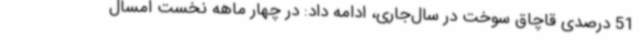
51 درصدی قاچاق سوخت در سال‌جاری، ادامه داد: در چهار ماهه نخست امسال